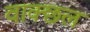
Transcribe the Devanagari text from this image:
वाक्छल